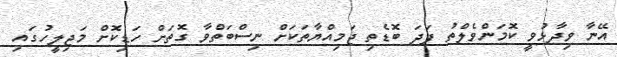
އޭނާ ވިދާޅުވީ ކޮމަންވެލްތު ފަދަ ބޮޑެތި ޖަމިއްޔާތަކަށް ނިސްބަތްވާ ގޮތަށް ހަޑިކޮށް މަޖިލީހުގައި